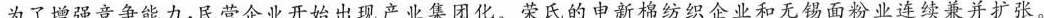
为了增强竞争能力，民营企业开始出现产业集团化。荣氏的申新棉纺织企业和无锡面粉业连续兼并扩张。